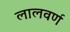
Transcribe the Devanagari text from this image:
लालवर्ण